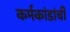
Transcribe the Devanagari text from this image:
कर्मकांडांची